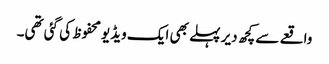
واقعے سے کچھ دیر پہلے بھی ایک ویڈیو محفوظ کی گئی تھی۔